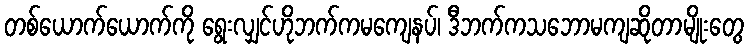
တစ်ယောက်ယောက်ကို ရွေးလျှင်ဟိုဘက်ကမကျေနပ်၊ ဒီဘက်ကသဘောမကျဆိုတာမျိုးတွေ